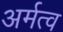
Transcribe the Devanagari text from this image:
अर्मत्व